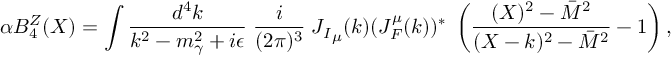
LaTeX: \alpha B _ { 4 } ^ { Z } ( X ) = \int { \frac { d ^ { 4 } k } { k ^ { 2 } - m _ { \gamma } ^ { 2 } + i \epsilon } } \; { \frac { i } { ( 2 \pi ) ^ { 3 } } } \; { J _ { I } } _ { \mu } ( k ) ( J _ { F } ^ { \mu } ( k ) ) ^ { * } \; \left( { \frac { ( X ) ^ { 2 } - \bar { M } ^ { 2 } } { ( X - k ) ^ { 2 } - \bar { M } ^ { 2 } } } - 1 \right) ,